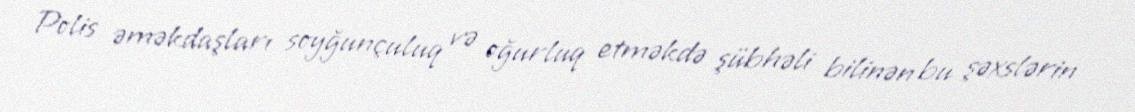
Polis əməkdaşları soyğunçuluq və oğurluq etməkdə şübhəli bilinən bu şəxslərin